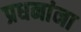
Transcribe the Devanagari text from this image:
प्रधनांना